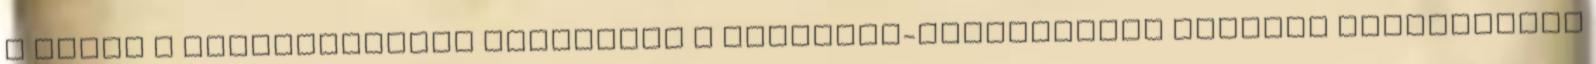
a verés a büntetőjogból kikerülve a büntetés-végrehajtás fenyítő eszközeként